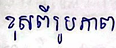
ខុសពីរូប